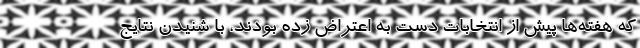
که هفته‌ها پیش از انتخابات دست به اعتراض زده بودند، با شنیدن نتایج